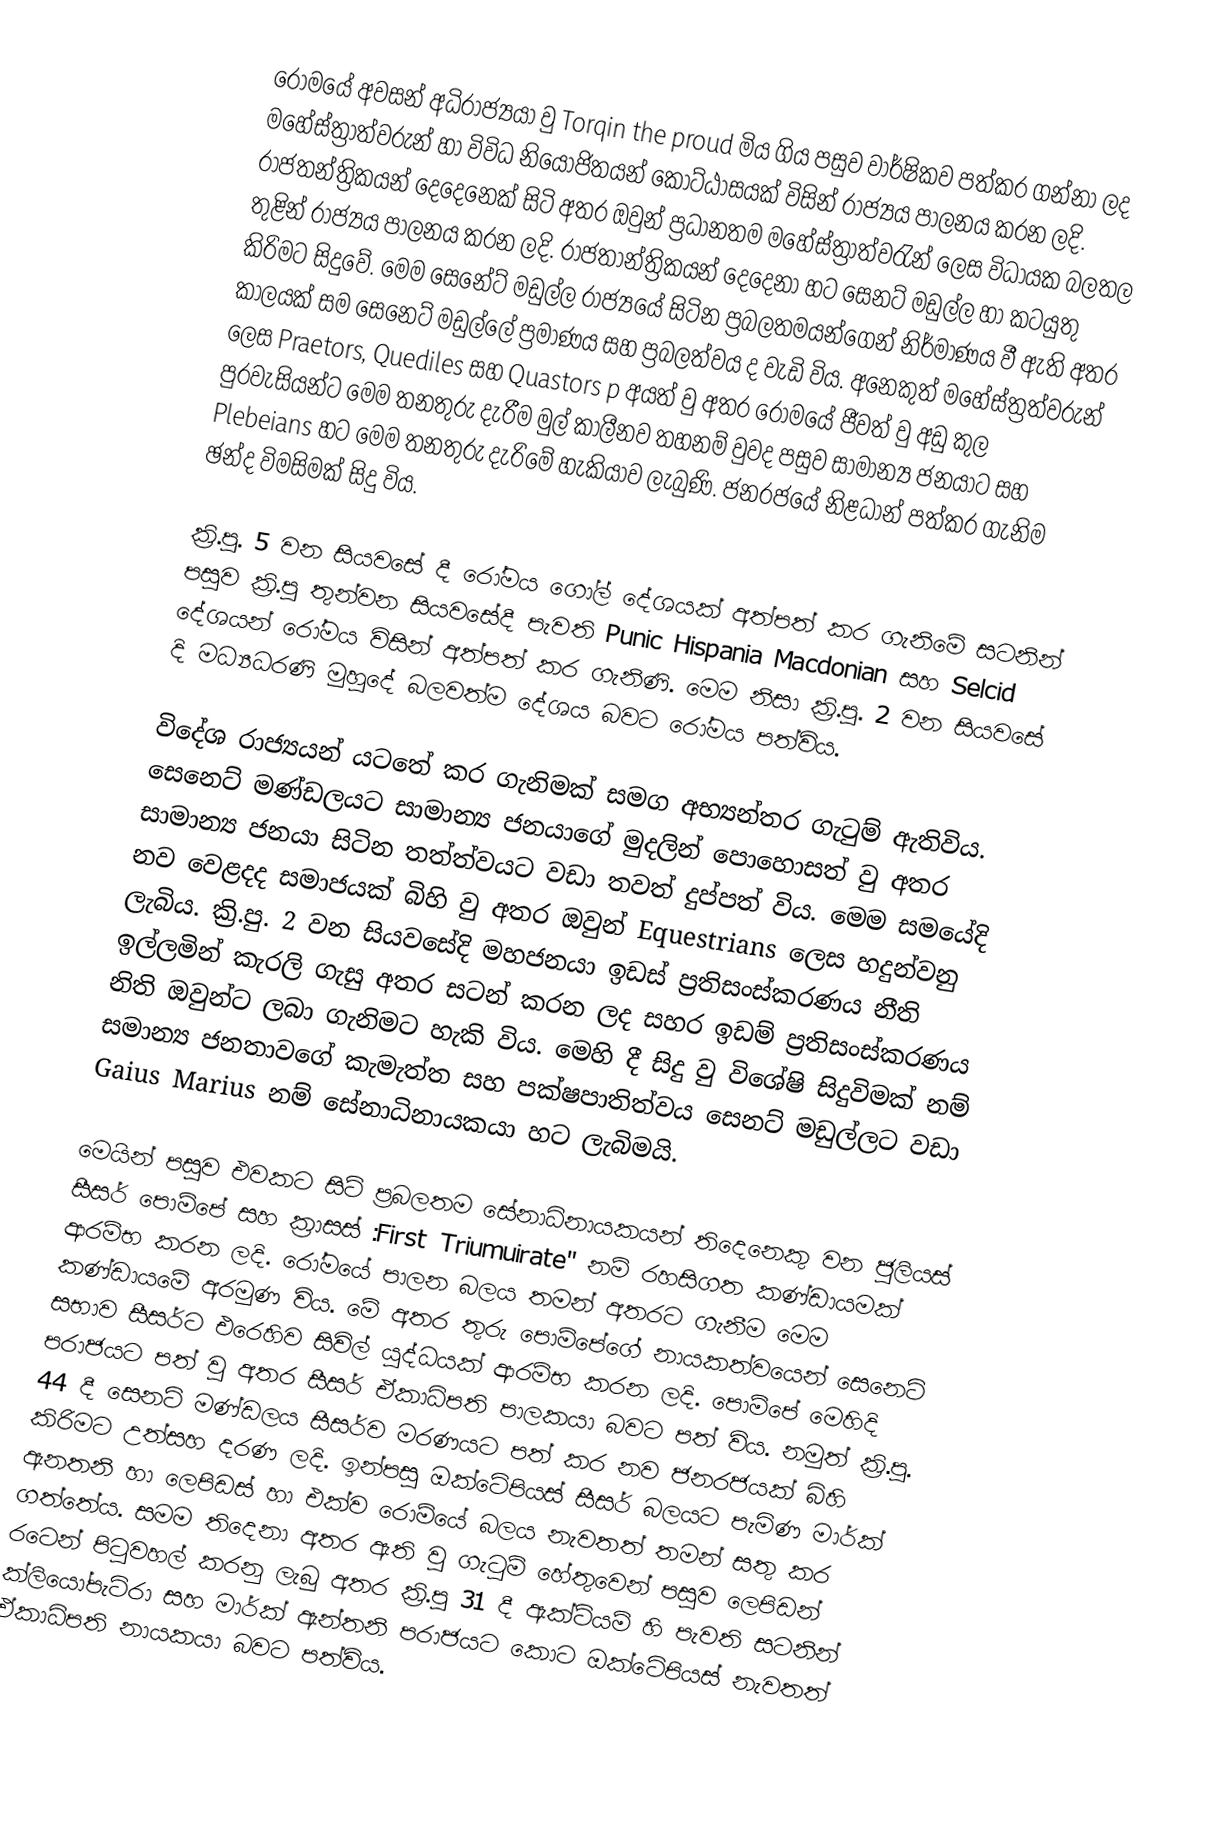
රෝමයේ  අවසන් අධිරාජ්‍යයා වු Torqin the proud මිය ගිය පසුව වාර්ෂිකව පත්කර ගන්නා ලද මහේස්ත්‍රාත්වරුන් හා විවිධ නියෝජිතයන් කොට්ඨාසයක් විසින් රාජ්‍යය පාලනය කරන ලදි. රාජතන්ත්‍රිකයන් දෙදෙනෙක් සිටි අතර ඔවුන්  ප්‍රධානතම මහේස්ත්‍රාත්වරැන් ලෙස විධායක බලතල තුළින් රාජ්‍යය පාලනය කරන ලදි. රාජතාන්ත්‍රිකයන් දෙදෙනා හට සෙනට් මඩුල්ල හා කටයුතු කිරිමට සිදුවේ. මෙම සෙනේට් මඩුල්ල රාජ්‍යයේ සිටින ප්‍රබලතමයන්ගෙන් නිර්මාණය වී ඇති අතර කාලයක් සම සෙනෙට් මඩුල්ලේ ප්‍රමාණය සහ ප්‍රබලත්වය ද වැඩි විය. අනෙකුත් මහේස්ත්‍රත්වරුන් ලෙස Praetors, Quediles සහ  Quastors p අයත් වු අතර රෝමයේ ජීවත් වු අඩු කුල පුරවැසියන්ට මෙම තනතුරු දැරීම මුල් කාලීනව තහනම් වුවද පසුව සාමාන්‍ය ජනයාට සහ Plebeians හට මෙම තනතුරු දැරිමේ හැකියාව ලැබුණි. ජනරජයේ නිළධාන් පත්කර ගැනිම ඡන්ද විමසිමක් සිදු විය.

ක්‍රි.පු. 5 වන සියවසේ දී රෝමය ගෝල් දේශයක් අත්පත් කර ගැනිමේ සටනින් පසුව ක්‍රි.පු තුන්වන සියවසේදී පැවති Punic Hispania Macdonian සහ  Selcid  දේශයන් රෝමය විසින් අත්පත් කර ගැනිණි. මෙම නිසා ක්‍රි.පු. 2 වන සියවසේ දි මධ්‍යධරණි මුහුදේ බලවත්ම දේශය බවට රෝමය පත්විය.

විදේශ රාජ්‍යයන් යටතේ කර ගැනිමක් සමග අභ්‍යන්තර ගැටුම් ඇතිවිය. සෙනෙට් මණ්ඩලයට සාමාන්‍ය ජනයාගේ මුදලින් පොහොසත් වු අතර සාමාන්‍ය ජනයා සිටින තත්ත්වයට වඩා තවත් දුප්පත් විය. මෙම සමයේදි නව වෙළදද සමාජයක් බිහි වු අතර ඔවුන් Equestrians  ලෙස හදුන්වනු ලැබිය. ක්‍රි.පු. 2 වන සියවසේදි මහජනයා ඉඩස් ප්‍රතිසංස්කරණය නීති ඉල්ලමින්  කැරලි ගැසු අතර සටන් කරන ලද සහර ඉඩම් ප්‍රතිසංස්කරණය නිති ඔවුන්ට ලබා ගැනිමට හැකි විය. මෙහි දී සිදු වු විශේෂි සිදුවිමක් නම් සමාන්‍ය ජනතාවගේ කැමැත්ත සහ පක්ෂපාතිත්වය සෙනට් මඩුල්ලට වඩා Gaius Marius නම් සේනාධිනායකයා හට ලැබිමයි.

මෙයින් පසුව එවකට සිටි ප්‍රබලතම සේනාධිනායකයන් තිදෙනෙකු වන ජුලියස් සීසර් පොම්පේ සහ ක්‍රාසස් :First Triumuirate" නම් රහසිගත කණ්ඩායමක් ආරම්භ කරන ලදි. රෝමයේ පාලන බලය තමන් අතරට ගැනීම මෙම කණ්ඩායමේ අරමුණ විය. මේ අතර තුරු පොම්පේගේ නායකත්වයෙන් සෙනෙට් සභාව සීසර්ට එරෙහිව සිවිල් යුද්ධයක් ආරම්භ කරන ලදි. පොම්පේ මෙහිදි පරාජයට පත් වු අතර සීසර් ඒකාධිපති පාලකයා බවට පත් විය. නමුත් ක්‍රි.පු. 44 දී සෙනට් මණ්ඩලය සීසර්ව මරණයට පත් කර නව ජනරජයක් බිහි කිරිමට උත්සහ දරණ ලදි. ඉන්පසු ඔක්ටේපියස් සීසර් බලයට පැමිණ මාර්ක් ඇනතනි හා ලෙපිඩස් හා එක්ව රොම්යේ බලය නැවතත් තමන් සතු කර ගත්තේය. සමම තිදෙනා අතර ඇති වු ගැටුම් හේතුවෙන් පසුව ලෙපිඩන් රටෙන් පිටුවහල් කරනු ලැබු අතර ක්‍රි.පු 31 දී ඇක්ටියම් හි පැවති සටනින් ක්ලියෝපැට්රා සහ මාර්ක් ඇන්තනි පරාජයට කොට ඔක්ටේපියස් නැවතත් ඒකාධිපති නායකයා බවට පත්විය.